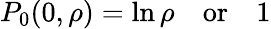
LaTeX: P_{0}(0,\rho)=\ln\rho\, \, \, \, \, \, \mathrm{or}\, \, \, \, \, \, 1